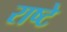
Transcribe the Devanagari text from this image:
राष्टे